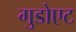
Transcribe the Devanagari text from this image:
गुडोएट